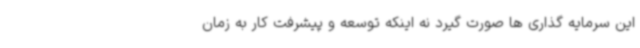
این سرمایه گذاری ها صورت گیرد نه اینکه توسعه و پیشرفت کار به زمان